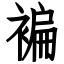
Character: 褊